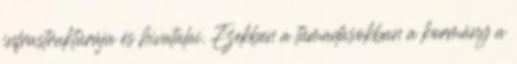
infrastruktúrája és hivatalai. Ezekben a támadásokban a kormány a